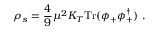
\rho _ { s } = \frac 4 9 \mu ^ { 2 } K _ { T } \mathrm { T r } ( \phi _ { + } \phi _ { + } ^ { \dagger } ) \ .